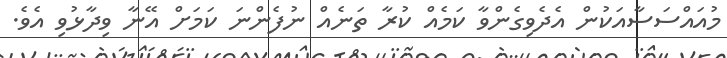
މުއައްސަސާއަކުން އެދެވިގެންވާ ކަމެއް ކުރާ ތަނެއް ނުފެންނަ ކަމަށް އޭނާ ވިދާޅުވި އެވެ.